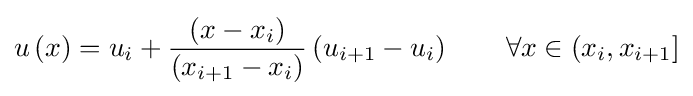
u\left(x\right)=u_{i}+{\frac {\left(x-x_{i}\right)}{\left(x_{i+1}-x_{i}\right)}}\left(u_{i+1}-u_{i}\right)\qquad \forall x\in (x_{i},x_{i+1}]